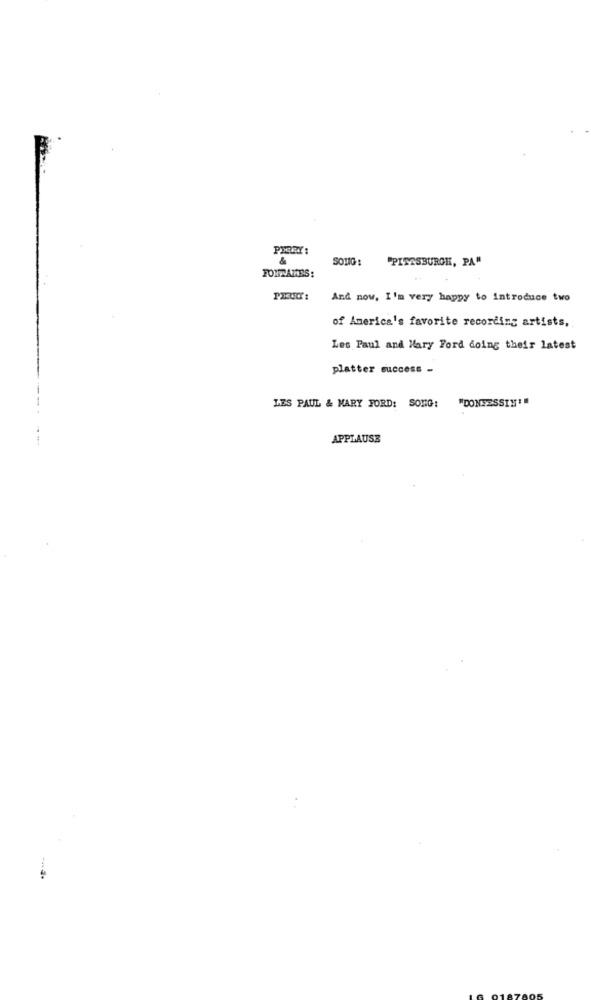
SONG:
"PITTSBURGH, PA"
FORRAMOS:
And now, I'm very happy to introduce two
of America's favorite recording artists,
Les Paul and Mary Ford doing their latest
platter success -
LES PAUL & MARY FORD: SONG: "DONEESSIN'
APPLAUSE